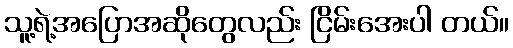
သူ့ရဲ့အပြောအဆိုတွေလည်း ငြိမ်းအေးပါ တယ်။